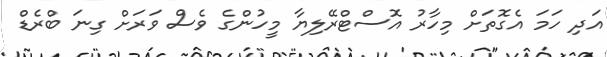
އަދި ހަމަ އެގޮތަށް މިހާރު އޮސްޓްރޭލިޔާ މީހުންގެ ވެސް ވަރަށް ގިނަ ބްރެޑް